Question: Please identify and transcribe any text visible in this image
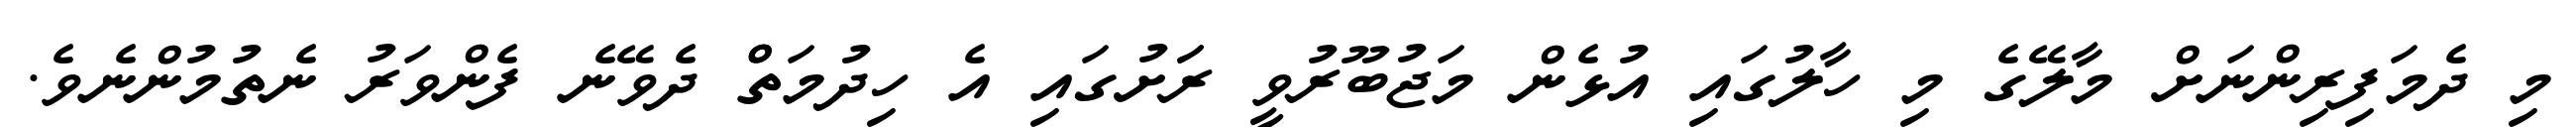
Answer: މި ދެމަފިރިންނަށް މާލޭގެ މި ހާލުގައި އުޅެން މަޖުބޫރުވީ ރަަށުގައި އެ ހިދުމަތްް ދެވޭނެ ފެންވަރު ނެތުމުންނެވެ.